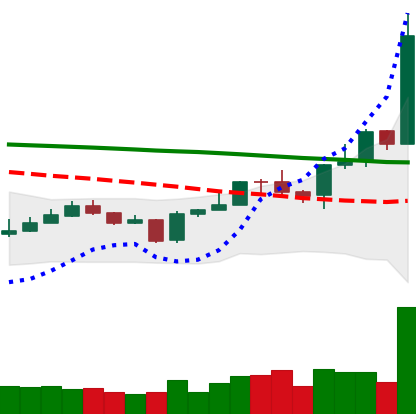
Ticker: EOS-USD
Chart end date: 2020-01-14
Forward return: -5.62%
Label: down_5_7